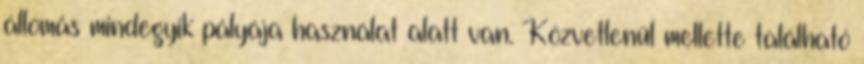
állomás mindegyik pályája használat alatt van. Közvetlenül mellette található